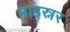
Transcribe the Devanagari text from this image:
माइस्नर